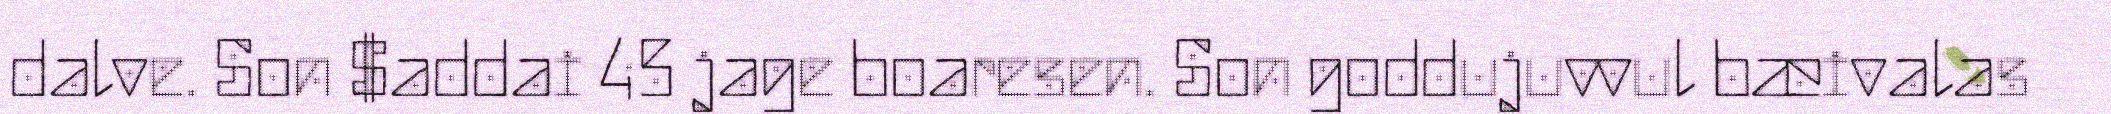
dalve. Son $addai 45 jage boaresen. Son goddujuvvul bæivalas